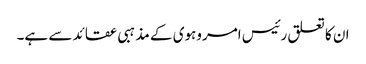
ان کا تعلق رئیس امروہوی کے مذہبی عقائد سے ہے۔